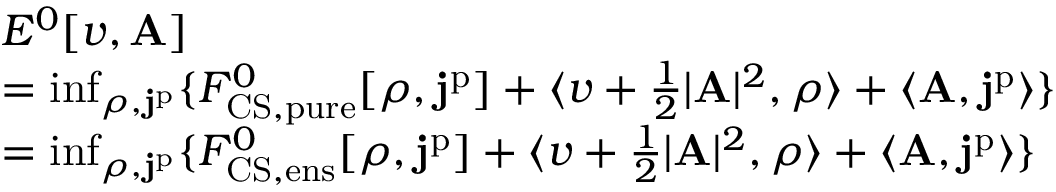
\begin{array} { r l } & { E ^ { 0 } [ v , \mathbf { A } ] } \\ & { = \operatorname* { i n f } _ { \rho , \mathbf { j } ^ { \mathrm { p } } } \{ F _ { \mathrm { C S , p u r e } } ^ { 0 } [ \rho , \mathbf { j } ^ { \mathrm { p } } ] + \langle v + \frac { 1 } { 2 } | \mathbf { A } | ^ { 2 } , \rho \rangle + \langle \mathbf { A } , \mathbf { j } ^ { \mathrm { p } } \rangle \} } \\ & { = \operatorname* { i n f } _ { \rho , \mathbf { j } ^ { \mathrm { p } } } \{ F _ { \mathrm { C S , e n s } } ^ { 0 } [ \rho , \mathbf { j } ^ { \mathrm { p } } ] + \langle v + \frac { 1 } { 2 } | \mathbf { A } | ^ { 2 } , \rho \rangle + \langle \mathbf { A } , \mathbf { j } ^ { \mathrm { p } } \rangle \} } \end{array}